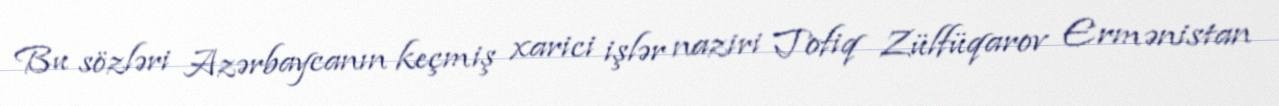
Bu sözləri Azərbaycanın keçmiş xarici işlər naziri Tofiq Zülfüqarov Ermənistan